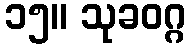
၁၅။ သုခဝဂ္ဂ